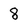
Character: 8